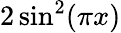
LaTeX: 2\sin^{2}(\pi x)